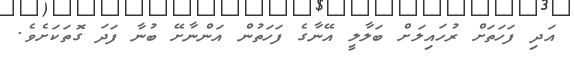
އަދި ފަހަތަށް ރުހައިލަށް ބަލާލީ އޭނާގެ ފަހަތުން އަންނާށޭ ބުނާ ފަދަ ގޮތަކަށެވެ.